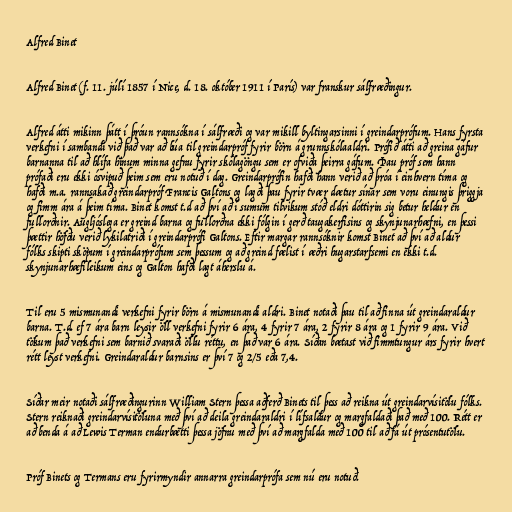
Alfred Binet

Alfred Binet (f. 11. júlí 1857 í Nice, d. 18. október 1911 í París) var franskur sálfræðingur.

Alfred átti mikinn þátt í þróun rannsókna í sálfræði og var mikill byltingarsinni í greindarprófum. Hans fyrsta
verkefni í sambandi við það var að búa til greindarpróf fyrir börn á grunnskólaaldri. Prófið átti að greina gáfur
barnanna til að hlífa hinum minna gefnu fyrir skólagöngu sem er ofviða þeirra gáfum. Þau próf sem hann
prófaði eru ekki ósvipuð þeim sem eru notuð í dag. Greindarprófin hafði hann verið að þróa í einhvern tíma og
hafði m.a. rannsakað greindarpróf Francis Galtons og lagði þau fyrir tvær dætur sínar sem voru einungis þriggja
og fimm ára á þeim tíma. Binet komst t.d að því að í sumum tilvikum stóð eldri dóttirin sig betur heldur en
fullorðnir. Augljóslega er greind barna og fullorðna ekki fólgin í gerð taugakerfisins og skynjunarhæfni, en þessi
þættir höfðu verið lykilatriði í greindarprófi Galtons. Eftir margar rannsóknir komst Binet að því að aldur
fólks skipti sköpum í greindarprófum sem þessum og að greind fælist í æðri hugarstarfsemi en ekki t.d.
skynjunarhæfileikum eins og Galton hafði lagt áherslu á.

Til eru 5 mismunandi verkefni fyrir börn á mismunandi aldri. Binet notaði þau til að finna út greindaraldur
barna. T.d. ef 7 ára barn leysir öll verkefni fyrir 6 ára, 4 fyrir 7 ára, 2 fyrir 8 ára og 1 fyrir 9 ára. Við
tökum það verkefni sem barnið svaraði öllu réttu, en það var 6 ára. Síðan bætast við fimmtungur árs fyrir hvert
rétt leyst verkefni. Greindaraldur barnsins er því 7 og 2/5 eða 7,4.

Síðar meir notaði sálfræðingurinn William Stern þessa aðferð Binets til þess að reikna út greindarvísitölu fólks.
Stern reiknaði greindarvísitöluna með því að deila greindaraldri í lífsaldur og margfaldaði það með 100. Rétt er
að benda á að Lewis Terman endurbætti þessa jöfnu með því að margfalda með 100 til að fá út prósentutölu.

Próf Binets og Termans eru fyrirmyndir annarra greindarprófa sem nú eru notuð.